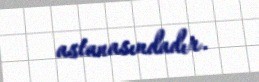
astanasındadır.